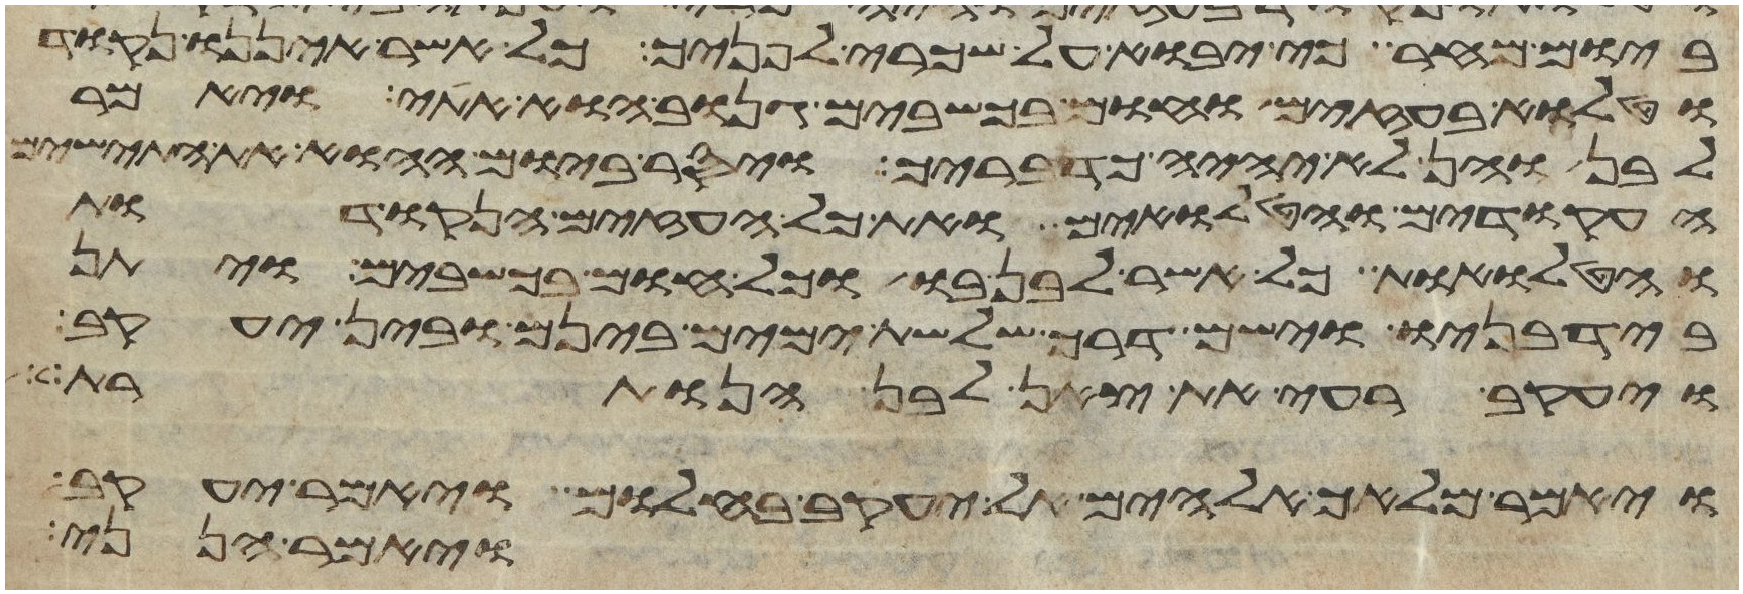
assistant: ביום מחר כי יבוא על שכרי לפניך כל אשר איננו נקוד
וטלוא בעזים וחום בכשבים גנוב הוא אתי ויאמר
לבן והן לא יהיה כדבריך ויסר ביום ההוא את התישים
העקודים והטלואים ואת כל העזים הנקודות
והטלואת כל אשר לבן בו וכל חום בכשבים ויתן
ביד בניו וישם דרך שלשת ימים בינם ובין יעקב
ויעקב רעה את צאן לבן הנותרת
ויאמר מלאך אלהים אל יעקב בחלום ויאמר יעקב
ויאמר הנני